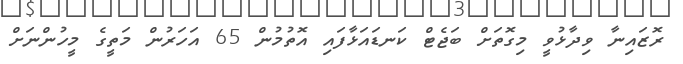
ރޮޒައިނާ ވިދާޅުވީ މިގޮތަށް ބަޖެޓް ކަނޑައަޅާފައި އޮތުމުން 65 އަހަރުން މަތީގެ މީހުންނަށް